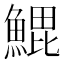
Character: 𬵝